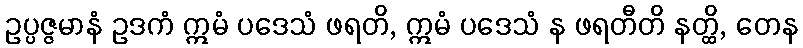
ဥပ္ပဇ္ဇမာနံ ဥဒကံ ဣမံ ပဒေသံ ဖရတိ, ဣမံ ပဒေသံ န ဖရတီတိ နတ္ထိ, တေန